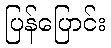
ပြန်ပြောင်း